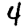
Digit: 4